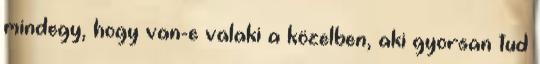
mindegy, hogy van-e valaki a közelben, aki gyorsan tud